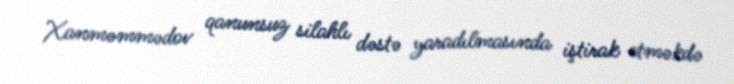
Xanməmmədov qanunsuz silahlı dəstə yaradılmasında iştirak etməkdə